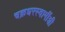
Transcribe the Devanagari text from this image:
चक्रधरस्वामींशी